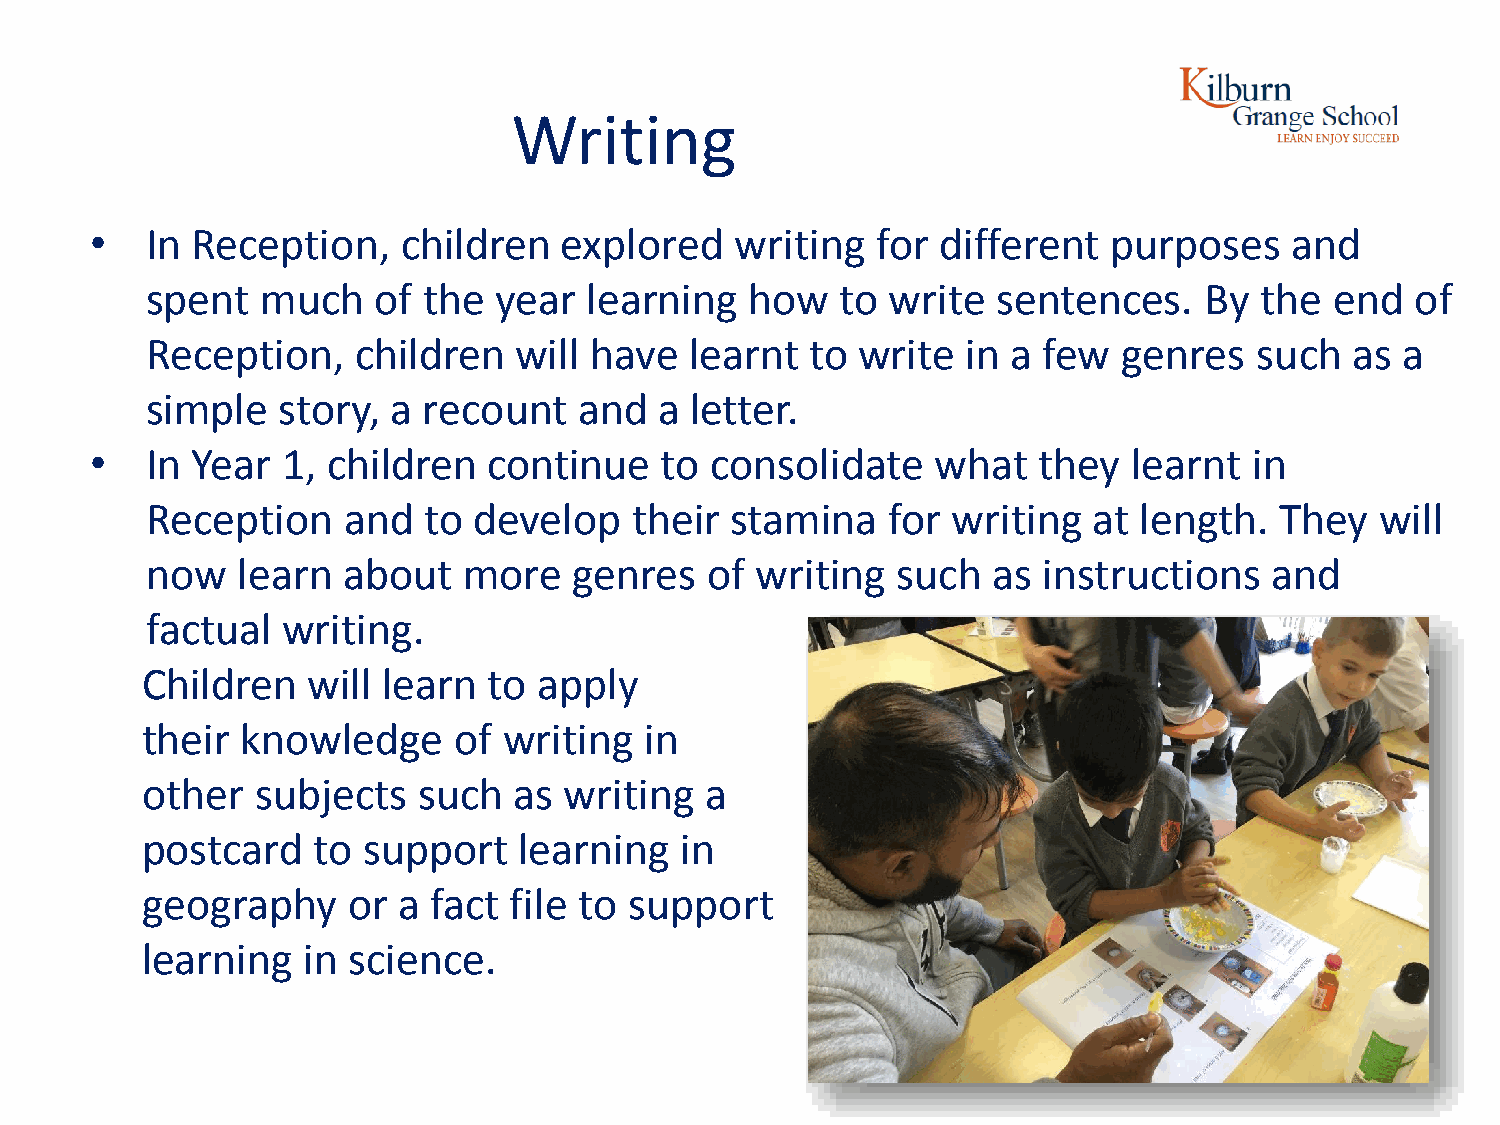
Writing
 •   In Reception,    children  explored    writing  for different   purposes    and
 spent  much    of the  year  learning   how   to write  sentences.    By the  end   of
 Reception,    children  will have   learnt  to write  in a few  genres   such   as a
 simple  story,  a recount   and   a letter.
 •   In Year  1, children  continue    to consolidate    what   they  learnt  in
 Reception    and  to develop    their stamina    for writing  at length.   They  will
 now   learn  about   more   genres   of writing  such   as instructions   and
 factual  writing.
 Children   will learn  to  apply
 their  knowledge     of writing   in
 other   subjects   such  as writing   a
 postcard    to support   learning   in
 geography     or a fact  file to support
 learning   in science.